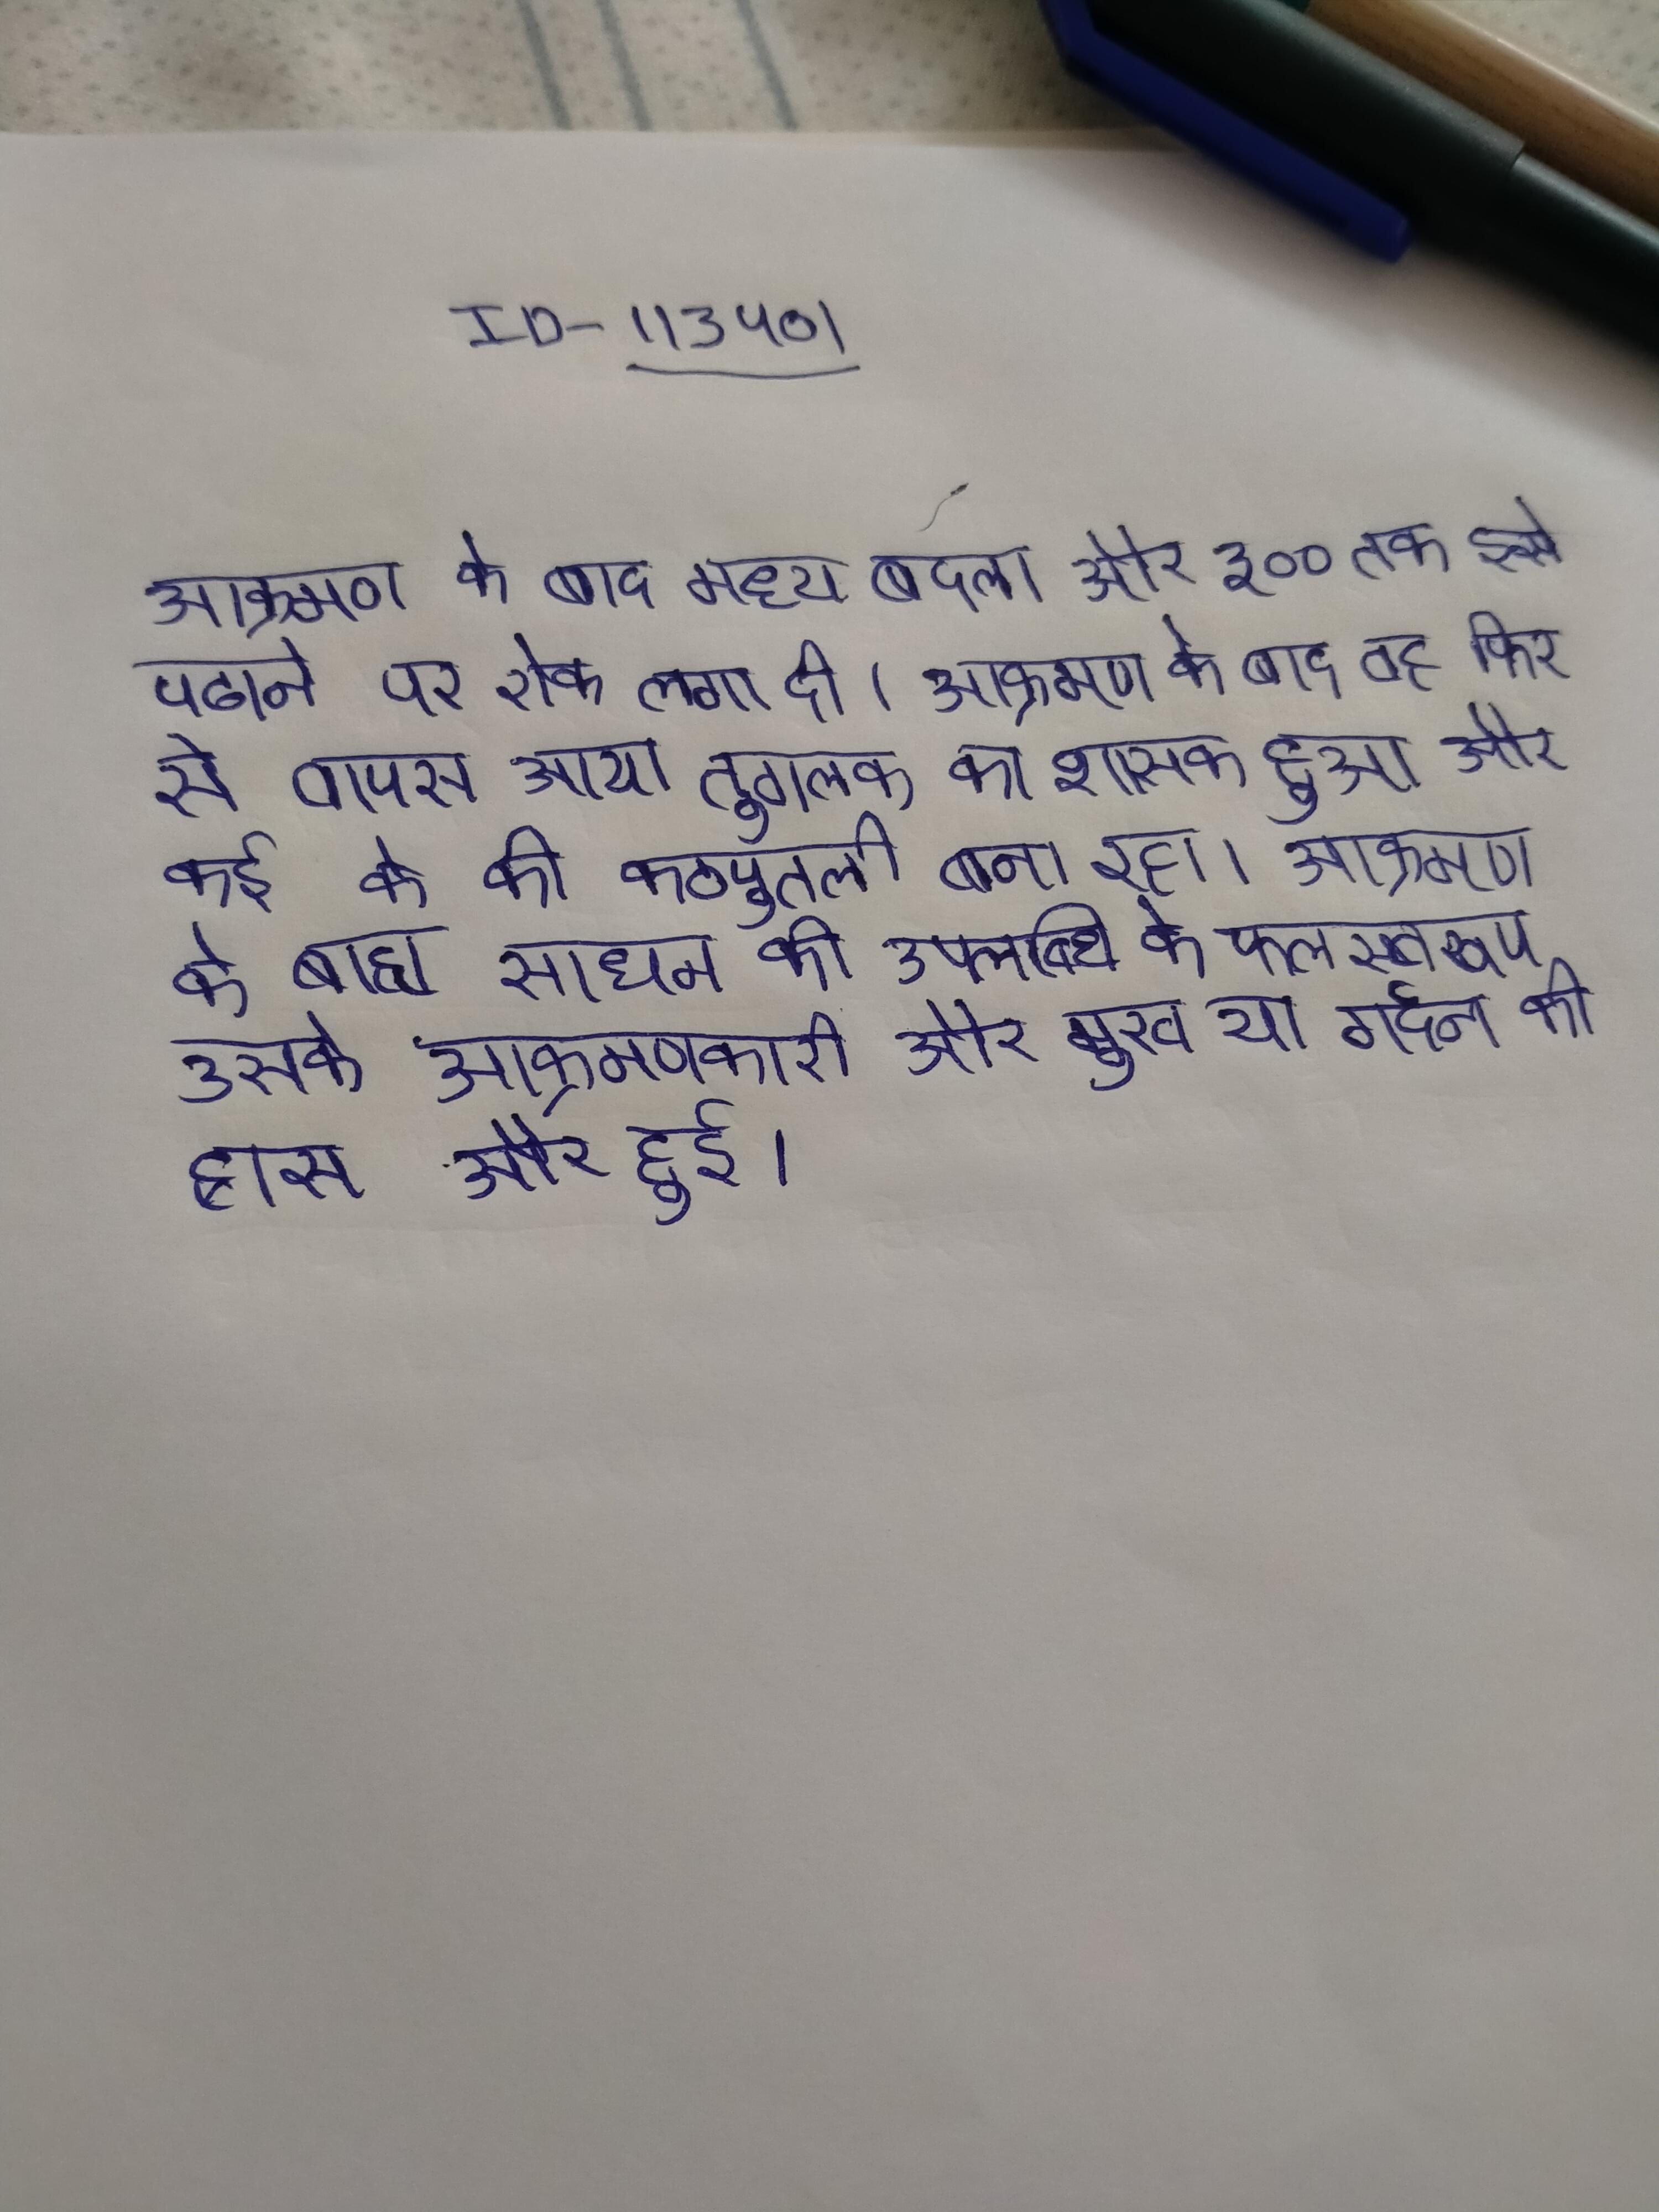
आक्रमण के बाद मध्य बदला और ३०० तक इसे पढाने पर रोक लगा दी । आक्रमण के बाद वह फिर से वापस आया तुगलक का शासक हुआ और कई के की कठपुतली बना रहा । आक्रमण के बाह्य साधन की उपलब्धि के फलस्वरूप उसके आक्रमणकारी और मुख या गर्दन की ह्रास और हुई ।